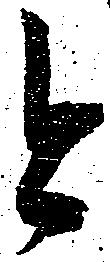
今